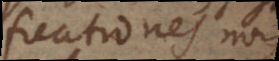
significationes non